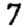
Digit: 7